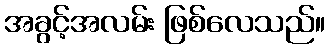
အခွင့်အလမ်း ဖြစ်လေသည်။